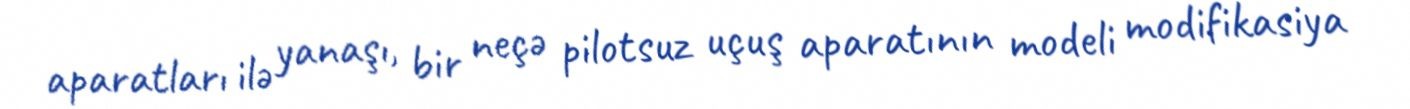
aparatları ilə yanaşı, bir neçə pilotsuz uçuş aparatının modeli modifikasiya